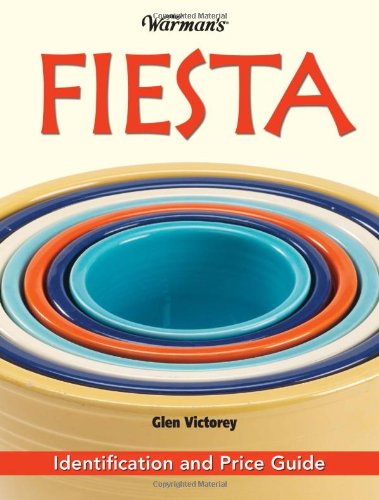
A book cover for Warman's Fiesta: Identification and Price Guide; Glen Victorey; Crafts, Hobbies & Home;